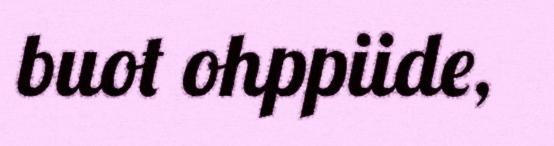
buot ohppiide,